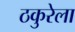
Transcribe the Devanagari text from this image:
ठकुरेला